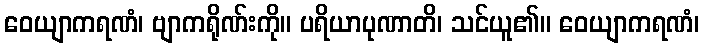
ဝေယျာကရဏံ၊ ဗျာကရိုဏ်းကို။ ပရိယာပုဏာတိ၊ သင်ယူ၏။ ဝေယျာကရဏံ၊